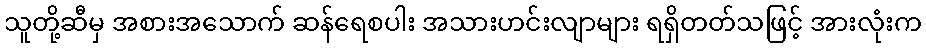
သူတို့ဆီမှ အစားအသောက် ဆန်ရေစပါး အသားဟင်းလျာများ ရရှိတတ်သဖြင့် အားလုံးက